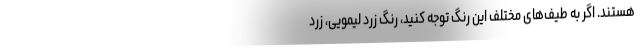
هستند. اگر به طیف‌های مختلف این رنگ توجه کنید، رنگ زرد لیمویی، زرد